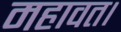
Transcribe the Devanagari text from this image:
महावत।